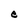
Character: e